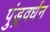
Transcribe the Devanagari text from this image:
पुंड्रवर्धन